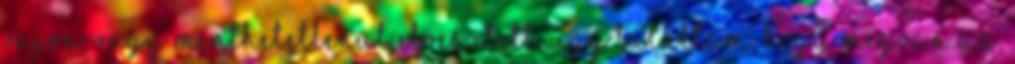
vajon, vagy menthetetlenül elvesztett. Úgy találtam, hogy megvan az,